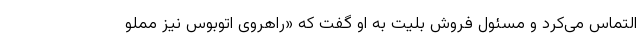
التماس می‌کرد و مسئول فروش بلیت به او گفت که «راهروی اتوبوس نیز مملو